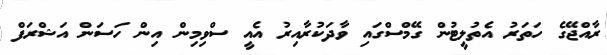
ރާއްޖޭގެ ހަތަރު އެތުލީޓުން ގޭމްސްގައި ވާދަކުރާއިރު އެއީ ސްވިމިން އިން ހަސަން އަޝްރަފް